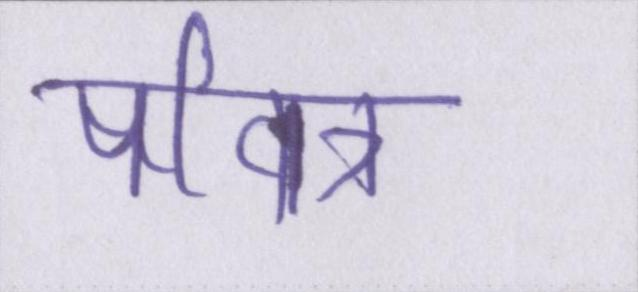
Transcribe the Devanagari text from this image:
पवित्र